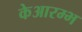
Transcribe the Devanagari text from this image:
केआरम्भ